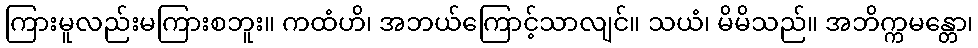
ကြားမူလည်းမကြားစဘူး။ ကထံဟိ၊ အဘယ်ကြောင့်သာလျင်။ သယံ၊ မိမိသည်။ အဘိက္ကမန္တော၊